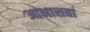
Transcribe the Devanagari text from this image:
आभासता